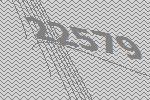
22579